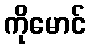
ကိုမောင်